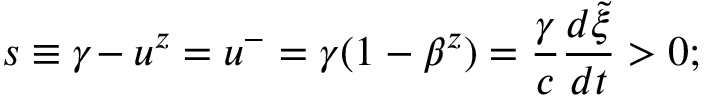
s \equiv \gamma \! - u ^ { z } = u ^ { - } = \gamma ( 1 - \beta ^ { z } ) = \frac { \gamma } c \frac { d \tilde { \xi } } { d t } > 0 ;